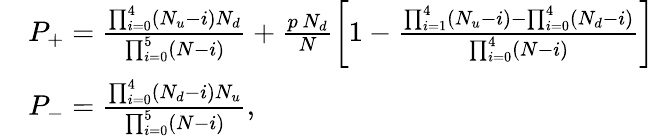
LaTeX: \begin{array}{rl}&{P_{+}=\frac{\prod_{i=0}^{4}\left(N_{u}-i\right)N_{d}}{\prod_{i=0}^{5}\left(N-i\right)}+\frac{p\, N_{d}}{N}\left[1-\frac{\prod_{i=1}^{4}\left(N_{u}-i\right)-\prod_{i=0}^{4}\left(N_{d}-i\right)}{\prod_{i=0}^{4}\left(N-i\right)}\right]}\\ &{P_{-}=\frac{\prod_{i=0}^{4}\left(N_{d}-i\right)N_{u}}{\prod_{i=0}^{5}\left(N-i\right)},}\end{array}